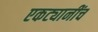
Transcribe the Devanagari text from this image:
एकट्यानींच